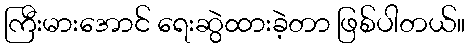
ကြီးမားအောင် ရေးဆွဲထားခဲ့တာ ဖြစ်ပါတယ်။